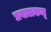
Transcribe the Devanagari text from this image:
प्रवालकम्‌